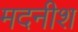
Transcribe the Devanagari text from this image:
मदनीश